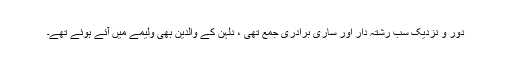
دور و نزدیک سب رشتہ دار اور ساری برادری جمع تھی ، دلہن کے والدین بھی ولیمے میں آئے ہوئے تھے۔